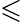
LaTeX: \leqslant